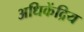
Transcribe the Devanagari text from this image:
अधिकेंद्रिय